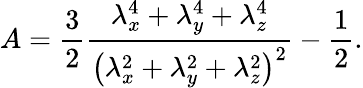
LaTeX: A=\frac{3}{2}\frac{\lambda_{x}^{4}+\lambda_{y}^{4}+\lambda_{z}^{4}}{\left(\lambda_{x}^{2}+\lambda_{y}^{2}+\lambda_{z}^{2}\right)^{2}}-\frac{1}{2}.